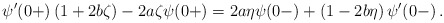
\begin{align*} \psi'(0+)\left(1+2b\zeta\right)-2a\zeta\psi(0+)=2a\eta\psi(0-)+\left(1-2b\eta\right)\psi'(0-)\,.\end{align*}